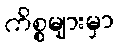
ကိစ္စများမှာ